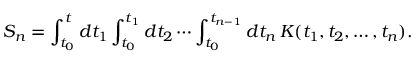
S _ { n } = \int _ { t _ { 0 } } ^ { t } d t _ { 1 } \int _ { t _ { 0 } } ^ { t _ { 1 } } d t _ { 2 } \cdots \int _ { t _ { 0 } } ^ { t _ { n - 1 } } d t _ { n } \, K ( t _ { 1 } , t _ { 2 } , \dots , t _ { n } ) .